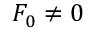
F _ { 0 } \neq 0